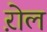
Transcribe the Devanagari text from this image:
ऱोल